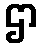
ဌာ